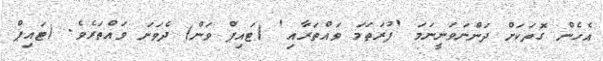
އެހެން ގޮތަކަށް ދަންނަވަނީނަމަ 'ފުރަތަމަ ވައްތަރާއި' (ޓައިޕް ވަން) ދެވަނަ ވައްތަރެވެ. (ޓައިޕް